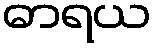
ဓာရယ